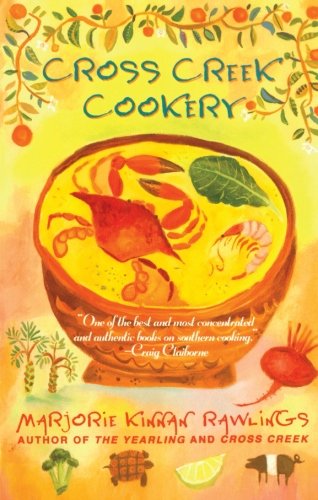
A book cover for Cross Creek Cookery; Marjorie Kinnan Rawlings; Cookbooks, Food & Wine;